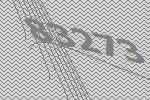
83273